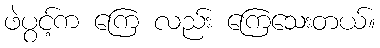
ဖဲပွင့်က ကြေ လည်း ကြေသေးတယ်။